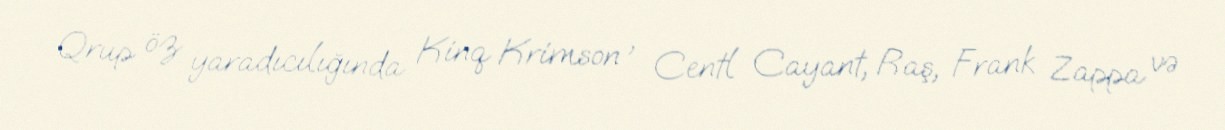
Qrup öz yaradıcılığında Kinq Krimson , Centl Cayant, Raş, Frank Zappa və